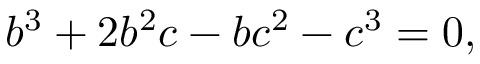
b ^ { 3 } + 2 b ^ { 2 } c - b c ^ { 2 } - c ^ { 3 } = 0 ,